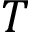
T